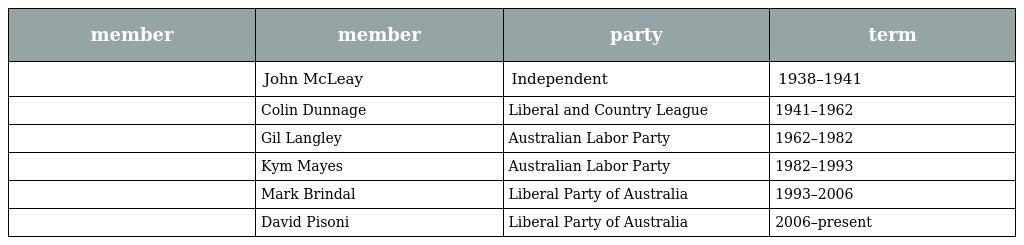
| member | member | party | term |
 | --- | --- | --- | --- |
 |  | John McLeay | Independent | 1938–1941 |
 |  | Colin Dunnage | Liberal and Country League | 1941–1962 |
 |  | Gil Langley | Australian Labor Party | 1962–1982 |
 |  | Kym Mayes | Australian Labor Party | 1982–1993 |
 |  | Mark Brindal | Liberal Party of Australia | 1993–2006 |
 |  | David Pisoni | Liberal Party of Australia | 2006–present |